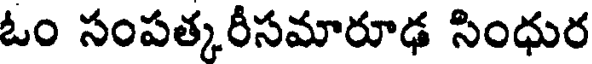
ఓం సంపత్కరీసమారూఢ సింధుర